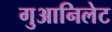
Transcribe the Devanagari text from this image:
गुआनिलेट